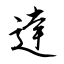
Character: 逹